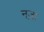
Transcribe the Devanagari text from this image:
नज़ा